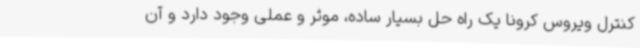
کنترل ویروس کرونا یک راه حل بسیار ساده، موثر و عملی وجود دارد و آن